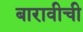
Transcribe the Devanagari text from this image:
बारावीची